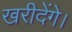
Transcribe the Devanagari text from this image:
खरीदेंगे।